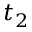
t _ { 2 }